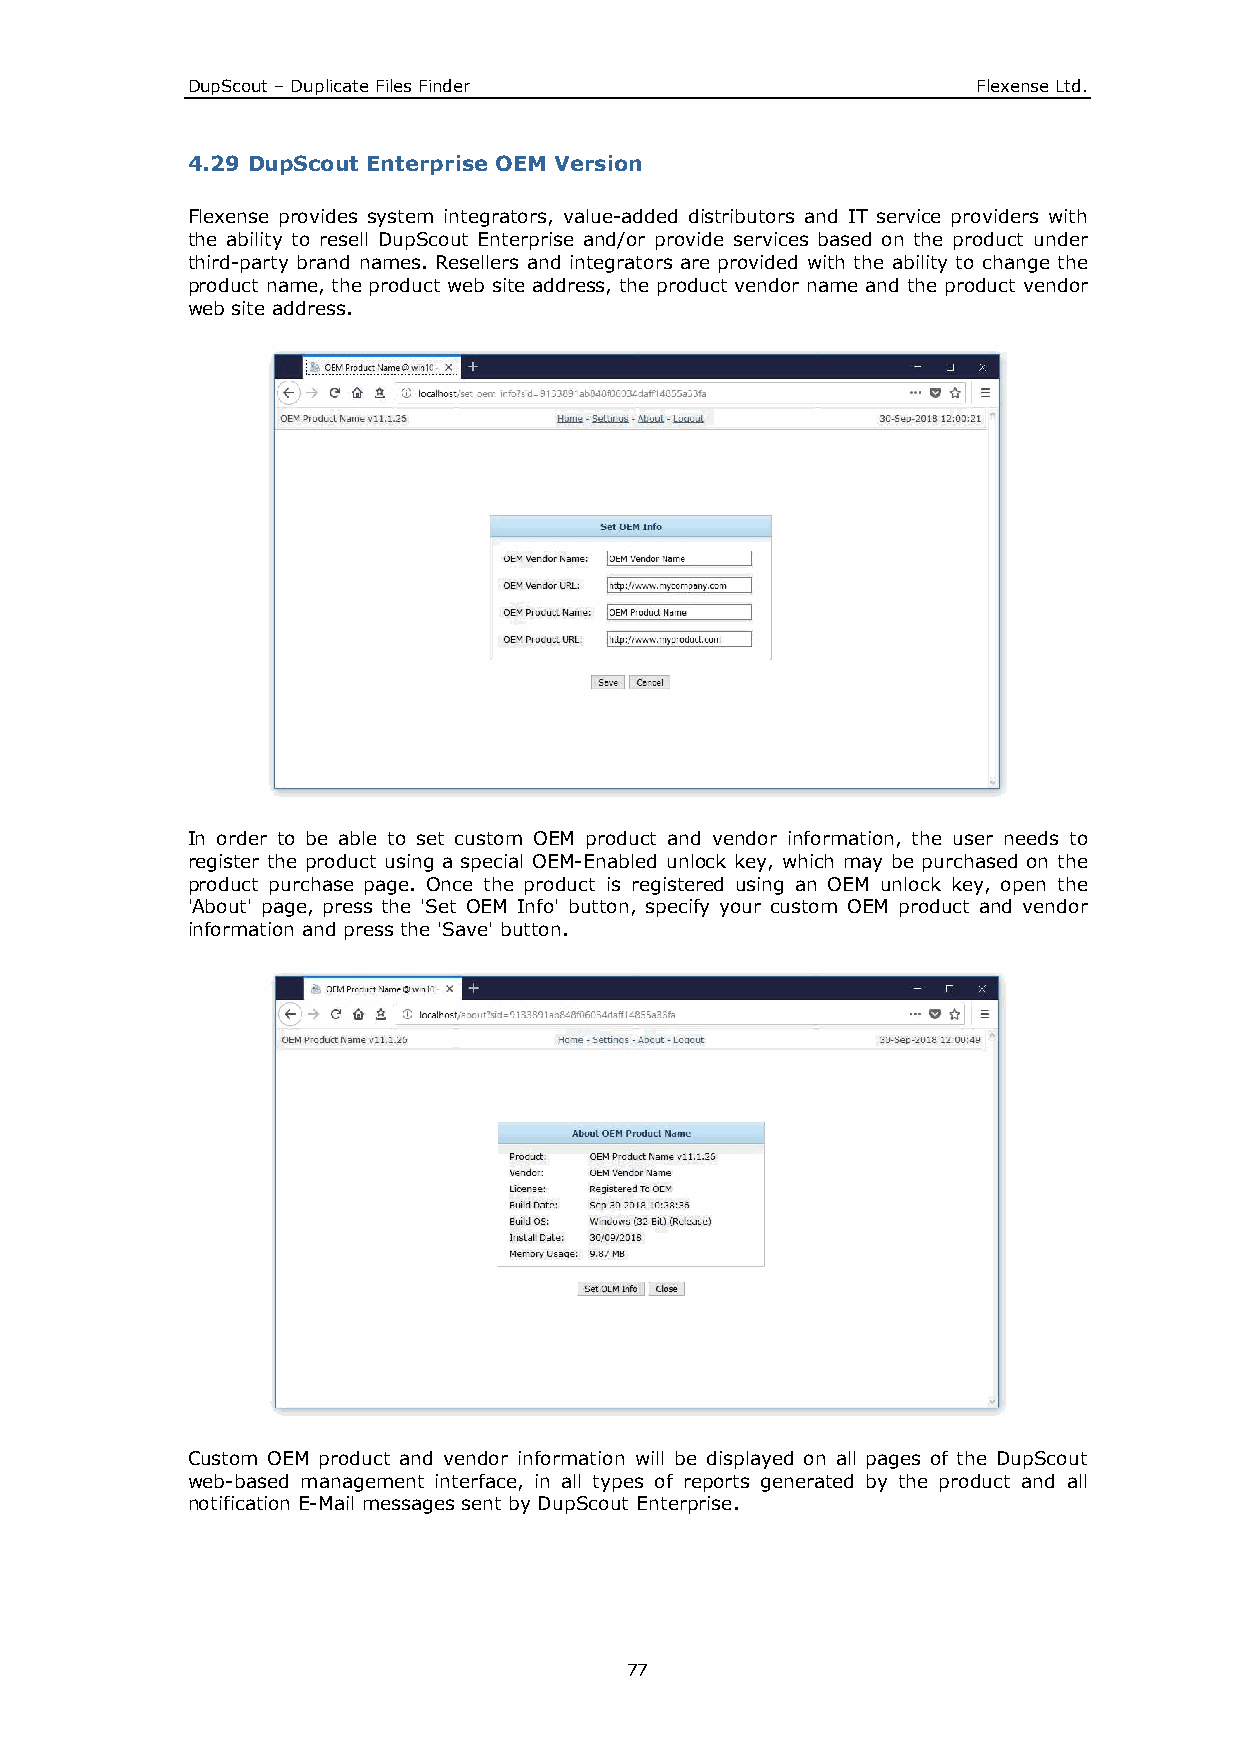
DupScout – Duplicate Files Finder                    Flexense Ltd.
 4.29 DupScout Enterprise OEM Version
 Flexense provides system integrators, value-added distributors and IT service providers with
 the ability to resell DupScout Enterprise and/or provide services based on the product under
 third-party brand names. Resellers and integrators are provided with the ability to change the
 product name, the product web site address, the product vendor name and the product vendor
 web site address.
 In order to be able to set custom OEM product and vendor information, the user needs to
 register the product using a special OEM-Enabled unlock key, which may be purchased on the
 product purchase page. Once the product is registered using an OEM unlock key, open the
 'About' page, press the 'Set OEM Info' button, specify your custom OEM product and vendor
 information and press the 'Save' button.
 Custom OEM product and vendor information will be displayed on all pages of the DupScout
 web-based management interface, in all types of reports generated by the product and all
 notification E-Mail messages sent by DupScout Enterprise.
 77